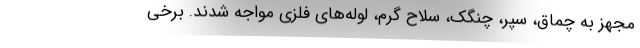
مجهز به چماق، سپر، چنگک، سلاح گرم، لوله‌های فلزی مواجه شدند. برخی